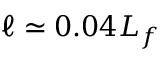
\ell \simeq 0 . 0 4 L _ { f }